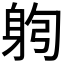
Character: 𰸻